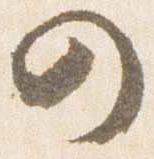
の